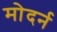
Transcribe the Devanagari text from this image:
मोदर्न